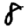
Digit: 8